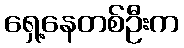
ရှေ့နေတစ်ဦးက